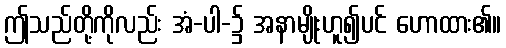
ဤသည်တို့ကိုလည်း အံ-ပါ-၌ အနာမျိုးဟူ၍ပင် ဟောထား၏။